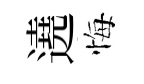
遶悔